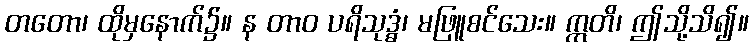
တတော၊ ထိုမှနောက်၌။ န တာဝ ပရိသုဒ္ဓံ၊ မဖြူစင်သေး။ ဣတိ၊ ဤသို့သိ၍။